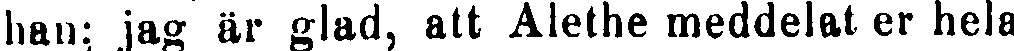
han: jag är glad, att Alethe meddelat er hela